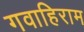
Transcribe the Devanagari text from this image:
गवाहिराम